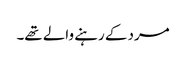
مرد کے رہنے والے تھے۔